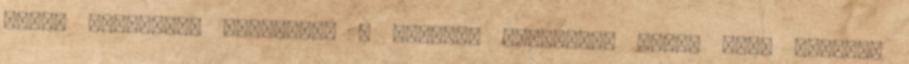
sárga burgonyát használok - héjában megfőzöm, mikor kész lehúzom